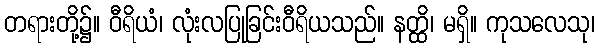
တရားတို့၌။ ဝီရိယံ၊ လုံးလပြုခြင်းဝီရိယသည်။ နတ္ထိ၊ မရှိ။ ကုသလေသု၊